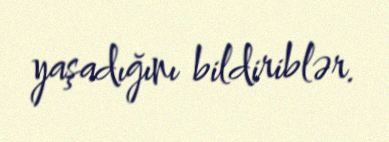
yaşadığını bildiriblər.